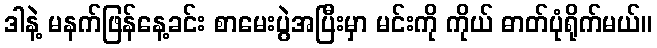
ဒါနဲ့ မနက်ဖြန်နေ့ခင်း စာမေးပွဲအပြီးမှာ မင်းကို ကိုယ် ဓာတ်ပုံရိုက်မယ်။